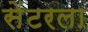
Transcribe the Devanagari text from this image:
सेंटरला